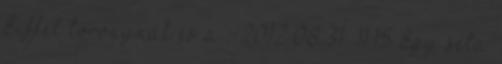
Eiffel toronynál és a . 2012.08.31. 11:15 Egy séta